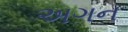
અગન